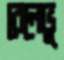
বেলেভু